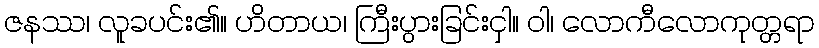
ဇနဿ၊ လူခပင်း၏။ ဟိတာယ၊ ကြီးပွားခြင်းငှါ။ ဝါ၊ လောကီလောကုတ္တရာ